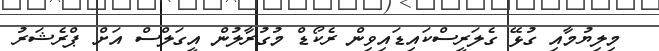
މިލިޔުމާއި ގުޅޭ ގެލަރީސްކައިޑައިވިން ރެކޯޑް މުގުރާލުން އީގަލްސް އަށް ޕްރެޝަރު